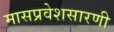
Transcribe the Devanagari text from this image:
मासप्रवेशसारणी